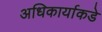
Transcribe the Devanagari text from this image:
अधिकार्याकडे